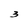
Character: 3